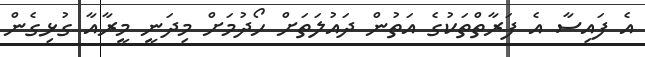
އެ ފައިސާ އެ ފަރާތްތަކުގެ އަތުން ދައުލަތަށް ހޯދުމަށް މިދަނީ މީރާއާ ގުޅިގެން